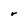
Character: r